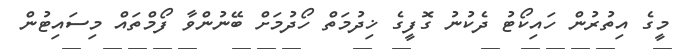
މީގެ އިތުރުން ހައިކޯޓު ދެކުނު ގޮފީގެ ޚިދުމަތް ހޯދުމަށް ބޭނުންވާ ފޯމްތައް މިސައިޓުން